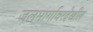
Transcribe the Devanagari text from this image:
जलमार्गावरदेखील